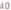
transcribed